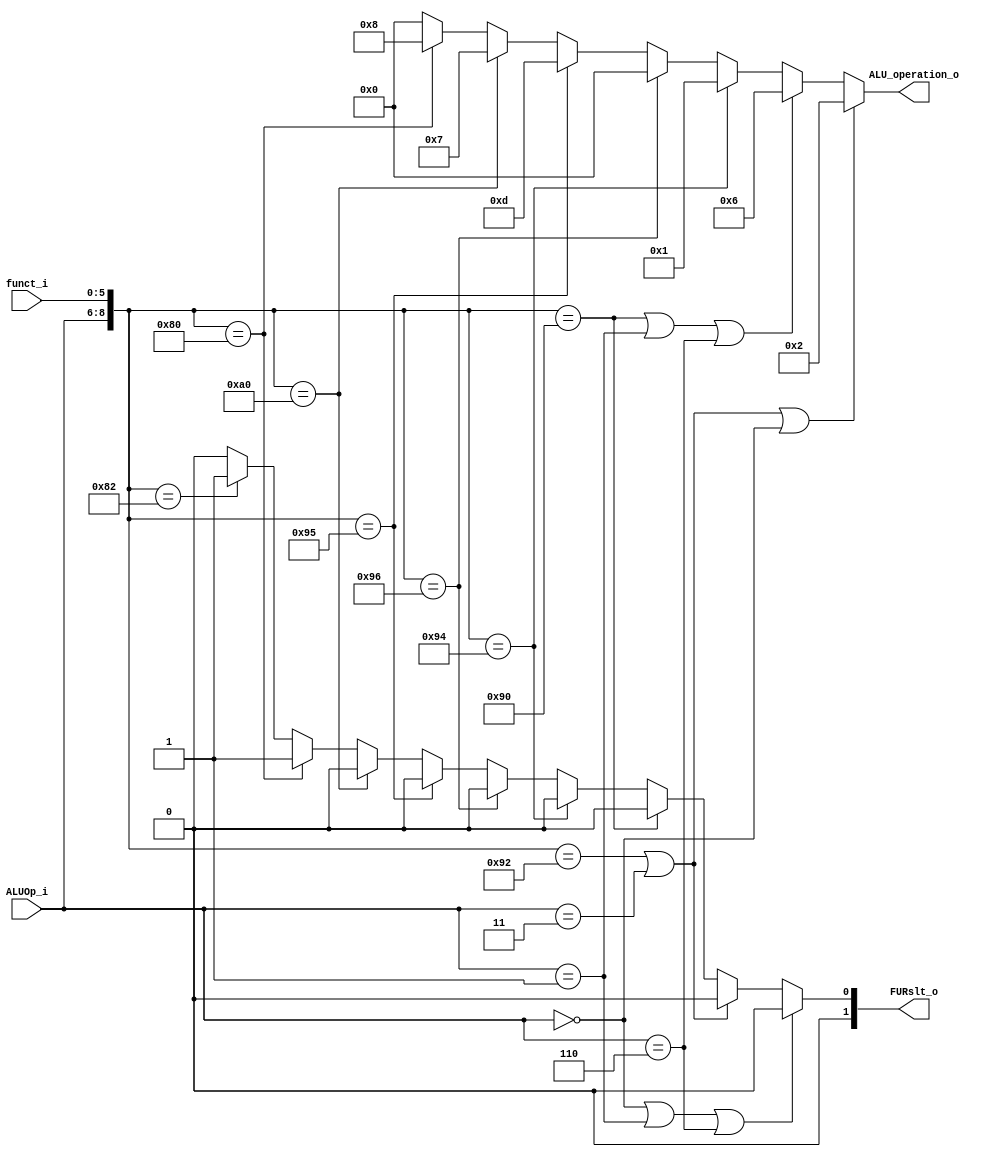
module ALU_Ctrl( funct_i, ALUOp_i, ALU_operation_o, FURslt_o );

//I/O ports 
input      [6-1:0] funct_i;
input      [3-1:0] ALUOp_i;

output     [4-1:0] ALU_operation_o;  
output     [2-1:0] FURslt_o;
     
//Internal Signals
wire		[4-1:0] ALU_operation_o;
wire		[2-1:0] FURslt_o;

//Main function
/*your code here*/

assign ALU_operation_o = ( {ALUOp_i, funct_i} == 9'b010010010 || ALUOp_i == 3'b011 || ALUOp_i == 3'b000) ? 4'b0010:  // add
                        ( {ALUOp_i, funct_i} == 9'b010010000 || ALUOp_i == 3'b001 || ALUOp_i == 3'b110) ? 4'b0110:  // sub
                        ( {ALUOp_i, funct_i} == 9'b010010100 ) ? 4'b0001:  // and
                        ( {ALUOp_i, funct_i} == 9'b010010110 ) ? 4'b0000:  // or
                        ( {ALUOp_i, funct_i} == 9'b010010101 ) ? 4'b1101:  // nor
                        ( {ALUOp_i, funct_i} == 9'b010100000 ) ? 4'b0111:  //  slt
                        ( {ALUOp_i, funct_i} == 9'b010000000 ) ? 4'b1000:  // sll
                        ( {ALUOp_i, funct_i} == 9'b010000010 ) ? 4'b0000:  // srl
                        0;
assign FURslt_o = ( ALUOp_i == 3'b000 || ALUOp_i == 3'b001 || ALUOp_i == 3'b110) ? 2'b00:  // lw,sw,beq,bne 
                 ( {ALUOp_i, funct_i} == 9'b010010010 || ALUOp_i == 3'b011) ? 2'b00:  // add,addi
                 ( {ALUOp_i, funct_i} == 9'b010010000 ) ? 2'b00:  // sub
                 ( {ALUOp_i, funct_i} == 9'b010010100 ) ? 2'b00:  // and
                 ( {ALUOp_i, funct_i} == 9'b010010110 ) ? 2'b00:  // or
                 ( {ALUOp_i, funct_i} == 9'b010010101 ) ? 2'b00:  // nor
                 ( {ALUOp_i, funct_i} == 9'b010100000 ) ? 2'b00:  //  slt
                 ( {ALUOp_i, funct_i} == 9'b010000000 ) ? 2'b01:  // sll
                 ( {ALUOp_i, funct_i} == 9'b010000010 ) ? 2'b01:  // srl
                 0;
endmodule